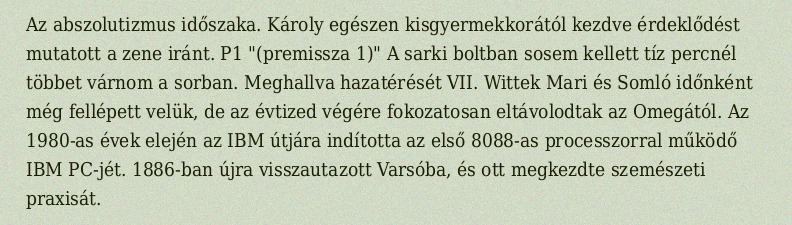
Az abszolutizmus időszaka. Károly egészen kisgyermekkorától kezdve érdeklődést mutatott a zene iránt. P1 "(premissza 1)" A sarki boltban sosem kellett tíz percnél többet várnom a sorban. Meghallva hazatérését VII. Wittek Mari és Somló időnként még fellépett velük, de az évtized végére fokozatosan eltávolodtak az Omegától. Az 1980-as évek elején az IBM útjára indította az első 8088-as processzorral működő IBM PC-jét. 1886-ban újra visszautazott Varsóba, és ott megkezdte szemészeti praxisát.